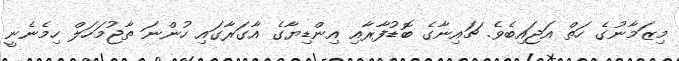
މިޒަމާނުގެ ހަތް އަޖައިބެވެ. ޗައިނާގެ ބޮޑުފާރާއި އިންޑިޔާގެ އާގަރާގައި ހުންނަ ތާޖުމަހަލް ހިމެނެނީ